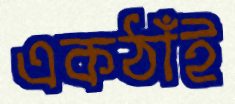
একঠাঁই